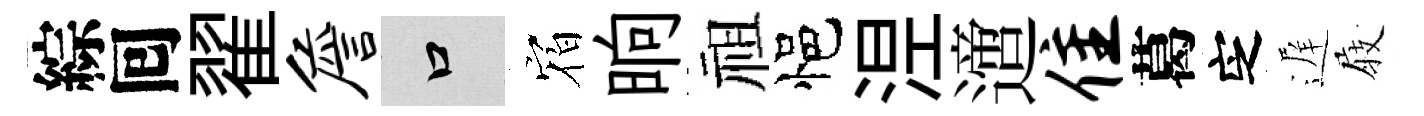
綜囘翟詹口𪧐晌祖悒𣵀𨗁隹葛㝎遅𡲆